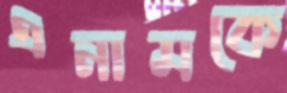
এনামকে